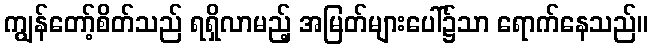
ကျွန်တော့်စိတ်သည် ရရှိလာမည့် အမြတ်များပေါ်၌သာ ရောက်နေသည်။